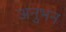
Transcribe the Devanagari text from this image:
अनुभन